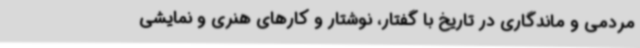
مردمی و ماندگاری در تاریخ با گفتار، نوشتار و کارهای هنری و نمایشی